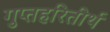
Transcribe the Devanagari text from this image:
गुप्तहरितीर्थ